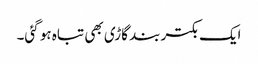
ایک بکتر بند گاڑی بھی تباہ ہو گئی۔